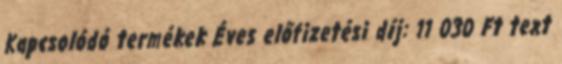
Kapcsolódó termékek Éves előfizetési díj: 11 030 Ft text